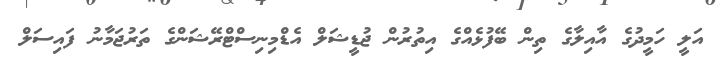
އަލީ ހަމީދުގެ އާއިލާގެ ތިން ބޭފުޅެއްގެ އިތުރުން ޖުޑީޝަލް އެޑްމިނިސްޓްރޭޝަންގެ ތަރުޖަމާނު ފައިސަލް